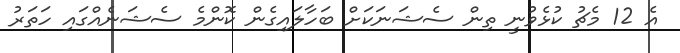
އެ 12 މެޗު ކުޅެވުނީ ތިން ސެޝަނަކަށް ބަހާލައިގެން ކޮންމެ ސެޝަނެއްގައި ހަތަރު